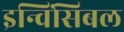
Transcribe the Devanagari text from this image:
इन्विंसिबल